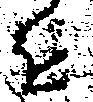
を